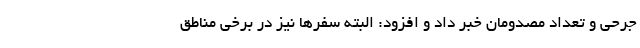
جرحی و تعداد مصدومان خبر داد و افزود: البته سفرها نیز در برخی مناطق